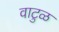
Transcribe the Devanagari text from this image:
वाटुळ